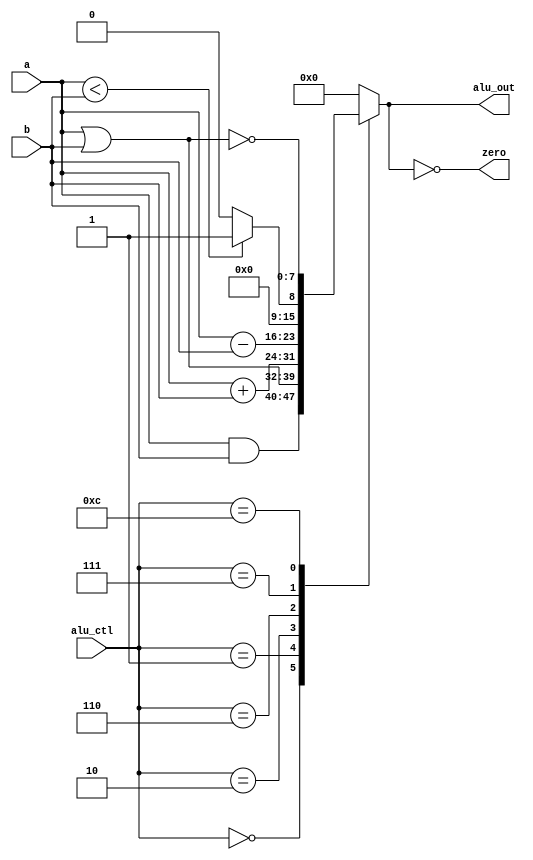
module mipsALU (alu_ctl, a, b, alu_out, zero);
input [3:0] alu_ctl;
input [7:0] a, b;
output reg [7:0] alu_out;
output zero;

assign zero = (alu_out == 0);
always @(alu_ctl, a, b) begin
	case (alu_ctl)
		8'b00000000: alu_out <= a & b;
		8'b00000001: alu_out <= a | b;
		8'b00000010: alu_out <= a + b;
		8'b00000110: alu_out <= a - b;
		8'b00000111: alu_out <= a < b ? 8'b00000001:8'b00000000;
		8'b00001100: alu_out <= ~(a | b);
		default: alu_out <= 0;
	endcase
	end
endmodule